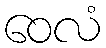
ဝေလံ